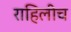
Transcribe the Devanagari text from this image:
राहिलीच